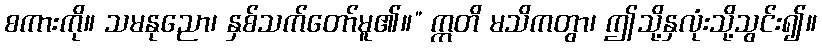
စကားကို။ သမနုညော၊ နှစ်သက်တော်မူ၏။” ဣတိ မသိကတွာ၊ ဤသို့နှလုံးသို့သွင်း၍။